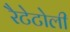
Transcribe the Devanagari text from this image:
रैटेटोली